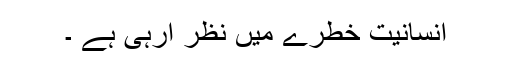
انسانیت خطرے میں نظر آرہی ہے ۔